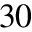
3 0